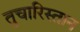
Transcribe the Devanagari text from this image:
तुचारिस्तान